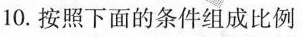
10.按照下面的条件组成比例